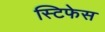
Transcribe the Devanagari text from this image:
स्टिफेस